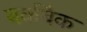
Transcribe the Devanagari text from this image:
बर्कबैक